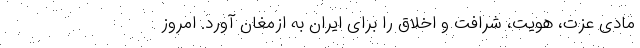
مادی عزت، هویت، شرافت و اخلاق را برای ایران به ازمغان آورد. امروز